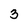
Character: 3